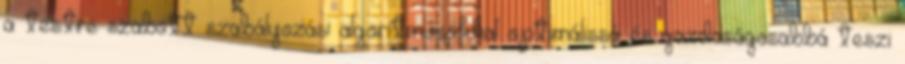
a testre szabott szabályozási algoritmusokkal optimálissá és gazdaságosabbá teszi